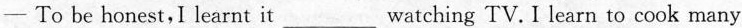
- To be honest,I learnt it___watching TV. I learn to cook many